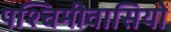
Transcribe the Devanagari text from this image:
पश्चिमीवासियों